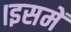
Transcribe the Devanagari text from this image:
।इसमें